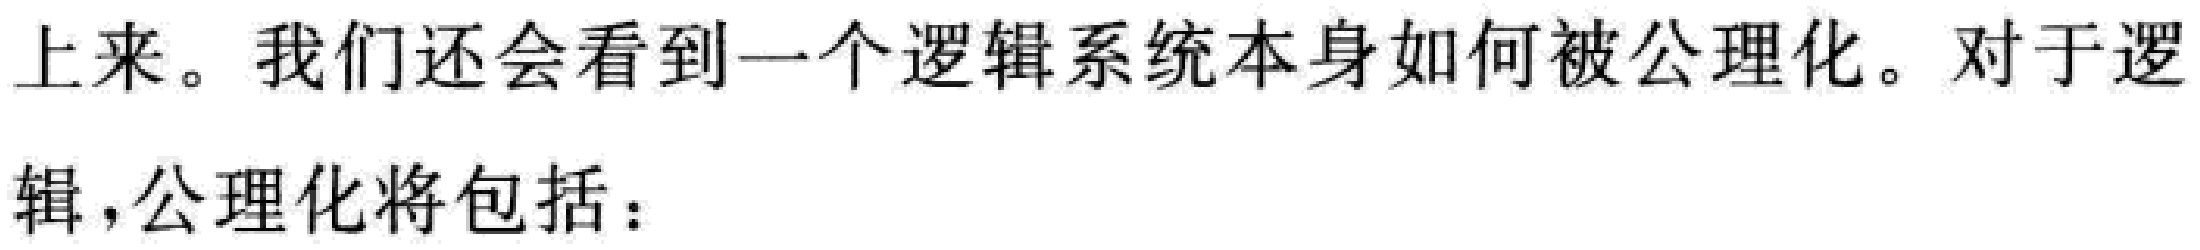
上来。我们还会看到一个逻辑系统本身如何被公理化。对于逻
辑,公理化将包括：